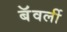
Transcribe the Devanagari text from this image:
बॅवर्ली